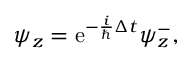
\begin{array} { r } { \psi _ { z } = \mathrm { e } ^ { - \frac { i } { \hbar } \Delta t } \psi _ { z } ^ { - } , } \end{array}